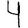
Digit: 4